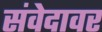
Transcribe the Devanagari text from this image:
संवेदावर